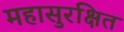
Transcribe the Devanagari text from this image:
महासुरक्षित